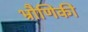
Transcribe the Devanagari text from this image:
भ्रौणिकी